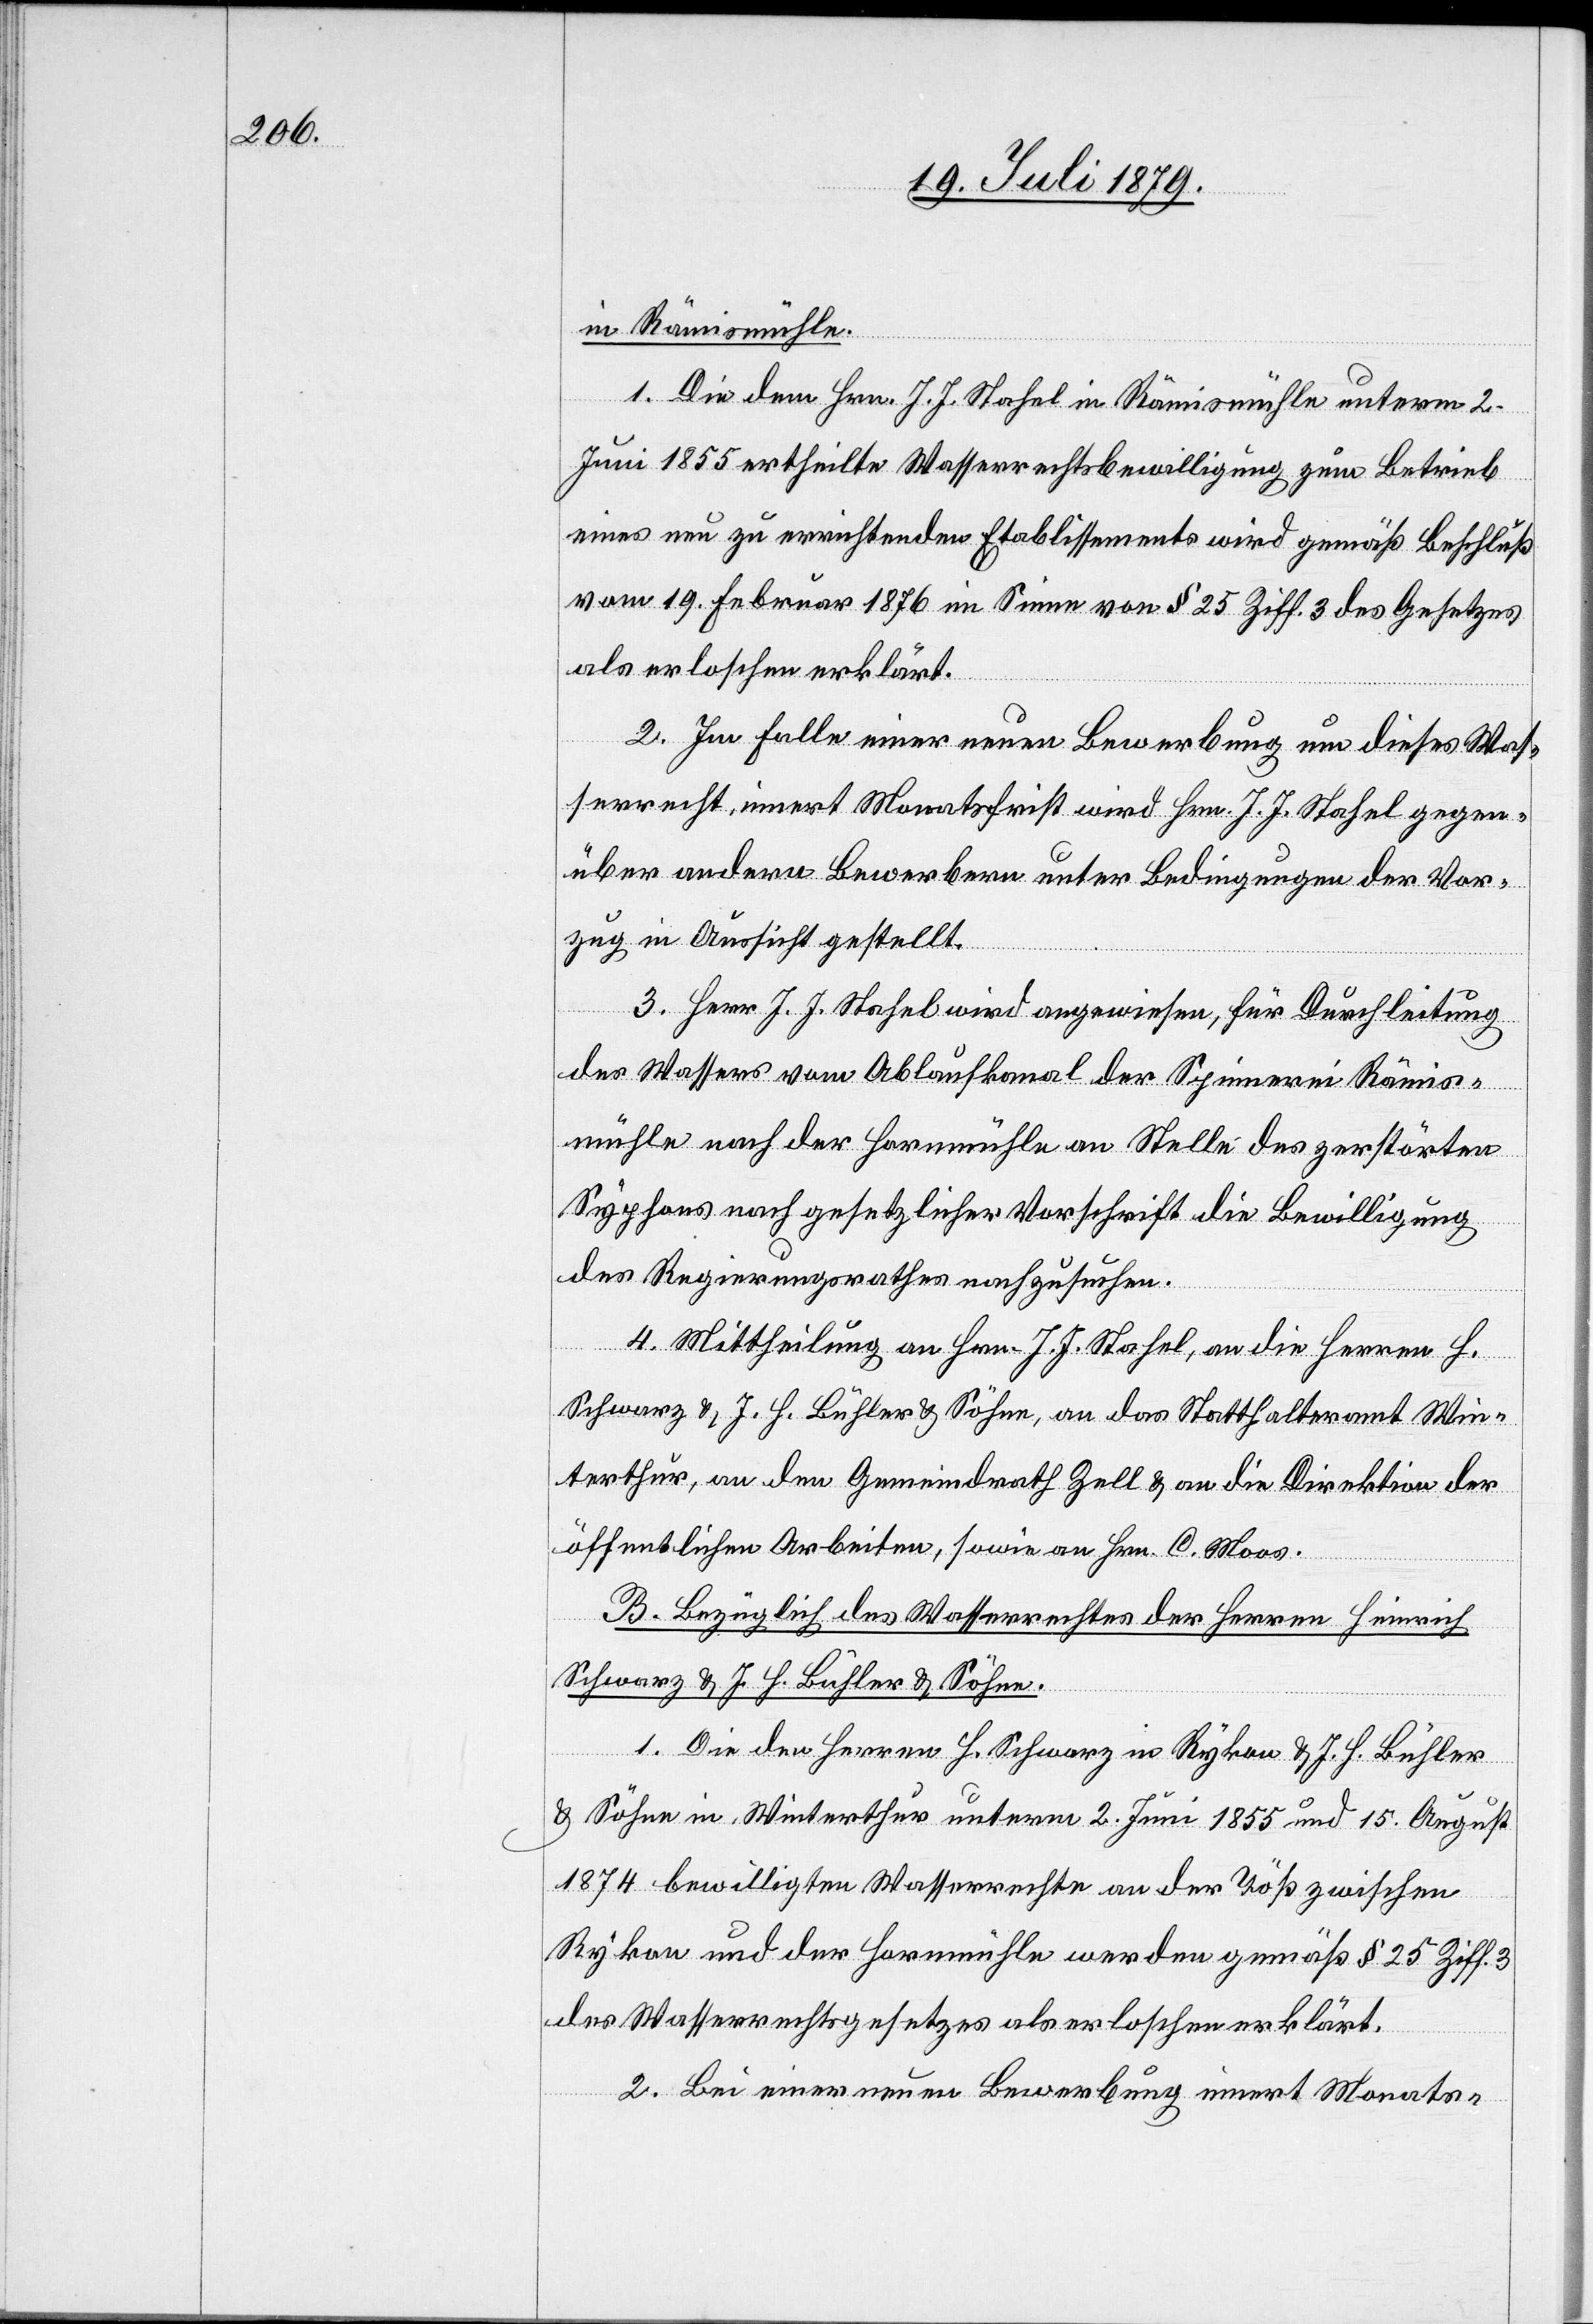
in Rämismühle.
1. Die dem Hrn. J. J. Stahel in Rämismühle unterm 2.
Juni 1855 ertheilte Wasserrechtsbewilligung zum Betrieb
eines neu zu errichtenden Etablissements wird gemäß Beschluß
vom 19. Februar 1876 im Sinne von § 25 Ziff. 3 des Gesetzes
als erloschen erklärt.
2. Im Falle einer neuen Bewerbung um dieses Was¬
serrecht, innert Monatsfrist wird Hrn. J. J. Stahel gegen¬
über andern Bewerbern unter Bedingungen der Vor¬
zug in Aussicht gestellt.
3. Herr J. J. Stahel wird angewiesen, für Durchleitung
des Wassers vom Ablaufkanal der Spinnerei Rämis¬
mühle nach der Hornmühle an Stelle des zerstörten
Syphons nach gesetzlicher Vorschrift die Bewilligung
des Regierungsrathes nachzusuchen.
4. Mittheilung an Hrn. J. J. Stahel, an die Herren H.
Schwarz & J. H. Bühler & Söhne, an das Statthalteramt Win¬
terthur, an den Gemeindrath Zell & an die Direktion der
öffentlichen Arbeiten, sowie an Hrn. C. Moos.
B. Bezüglich des Wasserrechtes des Herren Heinrich
Schwarz & J. H. Bühler & Söhne.
1. Die den Herren H. Schwarz in Rykon & J. H. Bühler
& Söhne in Winterthur unterm 2. Juni 1855 und 15. August
1874 bewilligten Wasserrechte an der Töß zwischen
Rykon und der Hornmühle werden gemäß § 25 Ziff. 3
des Wasserrechtsgesetzes als erloschen erklärt.
2. Bei einer neuen Bewerbung innert Monats-